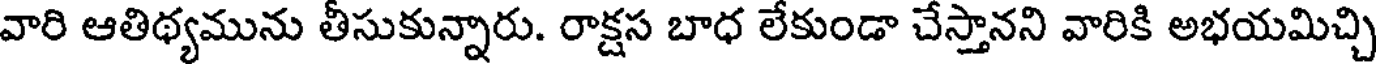
వారి ఆతిథ్యమును తీసుకున్నారు. రాక్షస బాధ లేకుండా చేస్తానని వారికి అభయమిచ్చి